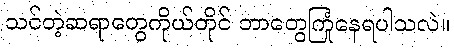
သင်တဲ့ဆရာတွေကိုယ်တိုင် ဘာတွေကြုံနေရပါသလဲ။